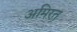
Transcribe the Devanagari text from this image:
अमिरत